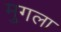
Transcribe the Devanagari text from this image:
मुगला